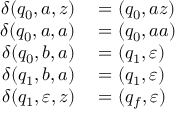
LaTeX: \begin{array} { r l } { \delta ( q _ { 0 } , a , z ) } & { { } = ( q _ { 0 } , a z ) } \\ { \delta ( q _ { 0 } , a , a ) } & { { } = ( q _ { 0 } , a a ) } \\ { \delta ( q _ { 0 } , b , a ) } & { { } = ( q _ { 1 } , \varepsilon ) } \\ { \delta ( q _ { 1 } , b , a ) } & { { } = ( q _ { 1 } , \varepsilon ) } \\ { \delta ( q _ { 1 } , \varepsilon , z ) } & { { } = ( q _ { f } , \varepsilon ) } \end{array}